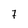
Character: 7